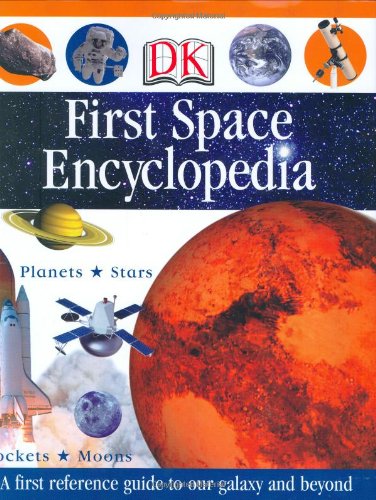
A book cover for First Space Encyclopedia (DK First Reference); DK; Reference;